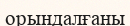
орындалғаны